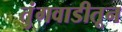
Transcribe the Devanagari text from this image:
तुंगवाडीतून